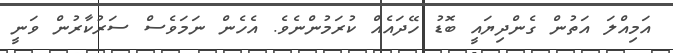
އަމިއްލަ އަތުން ގެންދިޔައީ ބޮޑު ހޭދައެއް ކުރަމުންނެވެ. އެހެން ނަމަވެސް ސަރުކާރުން ވަނީ